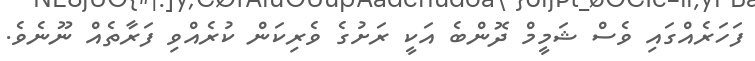
ފަހަރެއްގައި ވެސް ޝަމީމް ދޮންބެ އަކީ ރަށުގެ ވެރިކަން ކުރެއްވި ފަރާތެއް ނޫނެވެ.